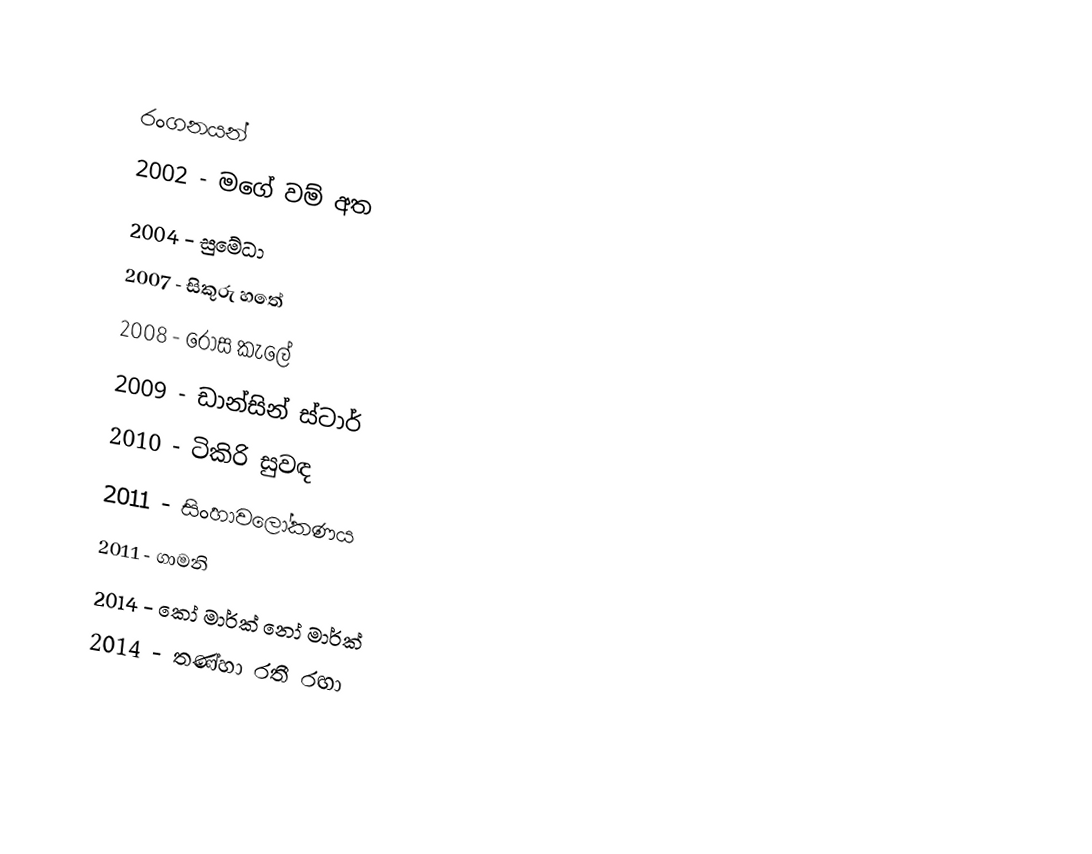

රංගනයන්
2002 - මගේ වම් අත
2004 - සුමේධා
2007 - සිකුරු හතේ
2008 - රෝස කැලේ
2009 - ඩාන්සින් ස්ටාර්
2010 - ටිකිරි සුවඳ
2011 - සිංහාවලෝකණය
2011 - ගාමනි
2014 - කෝ මාර්ක් නෝ මාර්ක්
2014 - තණ්හා රතී රඟා